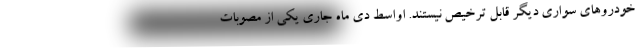
خودروهای سواری دیگر قابل ترخیص نیستند. اواسط دی ماه جاری یکی از مصوبات